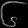
Digit: ၆